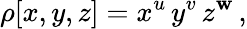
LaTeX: \rho[x,y,z]=x^{u}\, y^{v}\, z^{\mathbf{w}}\, ,